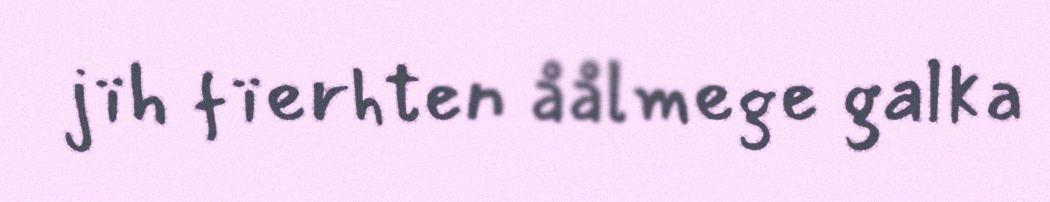
jïh fïerhten åålmege galka